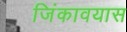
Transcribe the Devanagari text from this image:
जिंकावयास